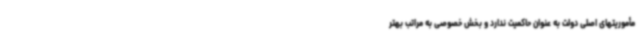
مأموریتهای اصلی دولت به عنوان حاکمیت ندارد و بخش خصوصی به مراتب بهتر